Standards of the constituents of the urine and blood and the bearing of the metabolism of Bengalis on the problems of nutrition - Number 34
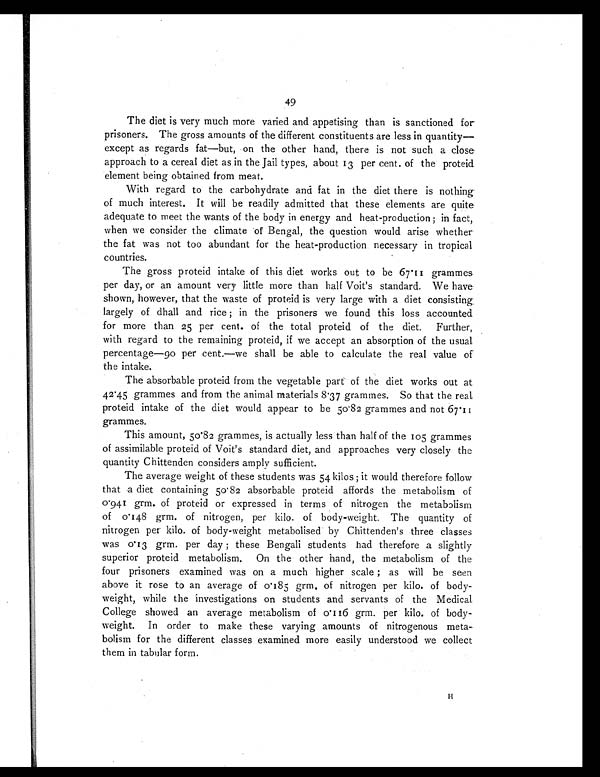
49
The diet is very much more varied and appetising than is sanctioned for
prisoners. The gross amounts of the different constituents are less in quantity—
except as regards fat—but, on the other hand, there is not such a close
approach to a cereal diet as in the Jail types, about 13 per cent. of the proteid
element being obtained from meat.
With regard to the carbohydrate and fat in the diet there is nothing
of much interest. It will be readily admitted that these elements are quite
adequate to meet the wants of the body in energy and heat-production ; in fact,
when we consider the climate of Bengal, the question would arise whether
the fat was not too abundant for the heat-production necessary in tropical
countries.
The gross proteid intake of this diet works out to be 67.11 grammes
per day, or an amount very little more than half Voit's standard. We have
shown, however, that the waste of proteid is very large with a diet consisting.
largely of dhall and rice ; in the prisoners we found this loss accounted
for more than 25 per cent. of the total proteid of the diet. Further,
with regard to the remaining proteid, if we accept an absorption of the usual
percentage—90 per cent.—we shall be able to calculate the real value of
the intake.
The absorbable proteid from the vegetable part of the diet works out at
42.45 grammes and from the animal materials 8.37 grammes. So that the real
proteid intake of the diet would appear to be 50.82 grammes and not 67.11
grammes.
This amount, 50.82 grammes, is actually less than half of the 105 grammes
of assimilable proteid of Voit's standard diet, and approaches very closely the
quantity Chittenden considers amply sufficient.
The average weight of these students was 54 kilos ; it would therefore follow
that a diet containing 50.82 absorbable proteid affords the metabolism of
0.941 grm. of proteid or expressed in terms of nitrogen the metabolism
of 0.148 grm. of nitrogen, per kilo. of body-weight. The quantity of
nitrogen per kilo. of body-weight metabolised by Chittenden's three classes
was 0.13 grm. per day ; these Bengali students had therefore a slightly
superior proteid metabolism. On the other hand, the metabolism of the
four prisoners examined was on a much higher scale ; as will be seen
above it rose to an average of 0.185 grm. of nitrogen per kilo. of body-
weight, while the investigations on students and servants of the Medical
College showed an average metabolism of 0.116 grm. per kilo. of body-
weight. In order to make these varying amounts of nitrogenous meta-
bolism for the different classes examined more easily understood we collect
them in tabular form.
H